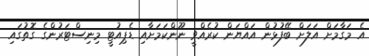
އެ މަގާމަށް އަލަށް ބޭފުޅުން އައްޔަން ކުރެއްވީ ނޫންކަމަށާއި ޑެޕިއުޓީ މިނިސްޓަރުންގެ ގޮތުގައި